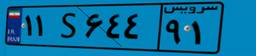
۷۶S۰۴۸۱۹